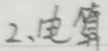
2、电算